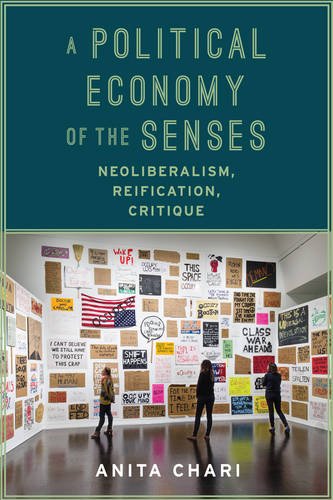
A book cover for A Political Economy of the Senses: Neoliberalism, Reification, Critique (New Directions in Critical Theory); Anita Chari; Politics & Social Sciences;